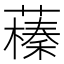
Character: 𦿒